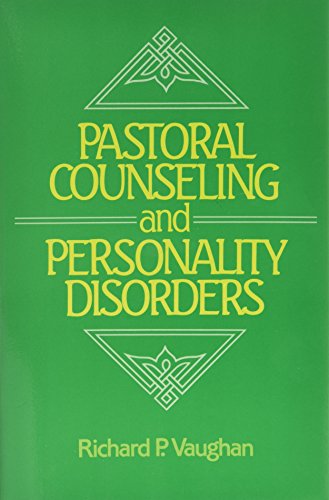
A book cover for Pastoral Counseling and Personality Disorders; Richard P. Vaughan; Religion & Spirituality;